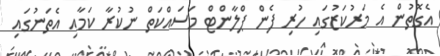
އެގޮތުން އެ މަރުކަޒުގައި ހުރި ފެން ޕްލާންޓް މަސައްކަތް ނުކުރާ ކަމާއި އެތަނުގައި